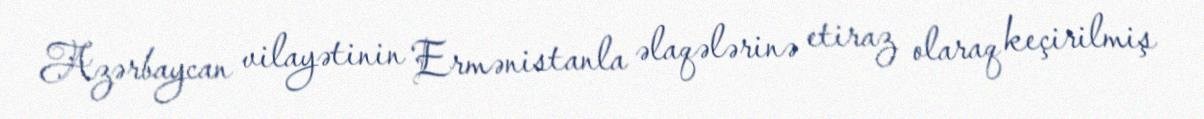
Azərbaycan vilayətinin Ermənistanla əlaqələrinə etiraz olaraq keçirilmiş